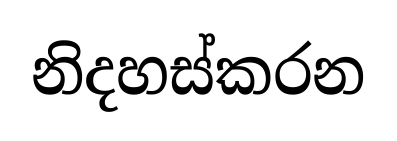
නිදහස්කරන